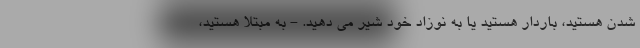
شدن هستید، باردار هستید یا به نوزاد خود شیر می دهید. - به مبتلا هستید،